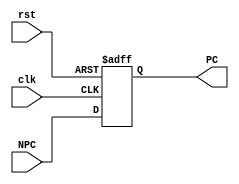
module PC( clk, rst, NPC, PC );

  input              clk;
  input              rst;
  input       [31:0] NPC;
  output reg  [31:0] PC;

  always @(posedge clk, posedge rst)
    if (rst) 
      PC <= 32'h0000_0000;
//      PC <= 32'h0000_3000;
    else
      PC <= NPC;
      
endmodule